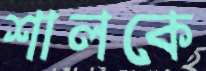
শালকে